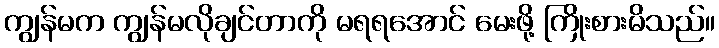
ကျွန်မက ကျွန်မလိုချင်တာကို မရရအောင် မေးဖို့ ကြိုးစားမိသည်။